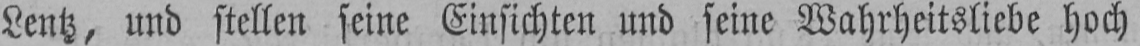
Lentz, und stellen seine Einsichten und seine Wahrheitsliebe hoch